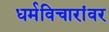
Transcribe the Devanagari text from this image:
धर्मविचारांवर